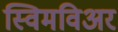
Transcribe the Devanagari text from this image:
स्विमविअर